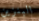
البنزين